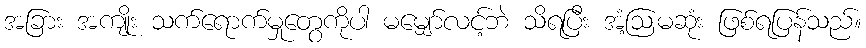
အခြား အကျိုး သက်ရောက်မှုတွေကိုပါ မမျှော်လင့်ဘဲ သိရပြီး အံ့ဩမဆုံး ဖြစ်ရပြန်သည်။